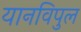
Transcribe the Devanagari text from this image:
यानविपुल